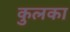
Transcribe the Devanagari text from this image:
कुलका